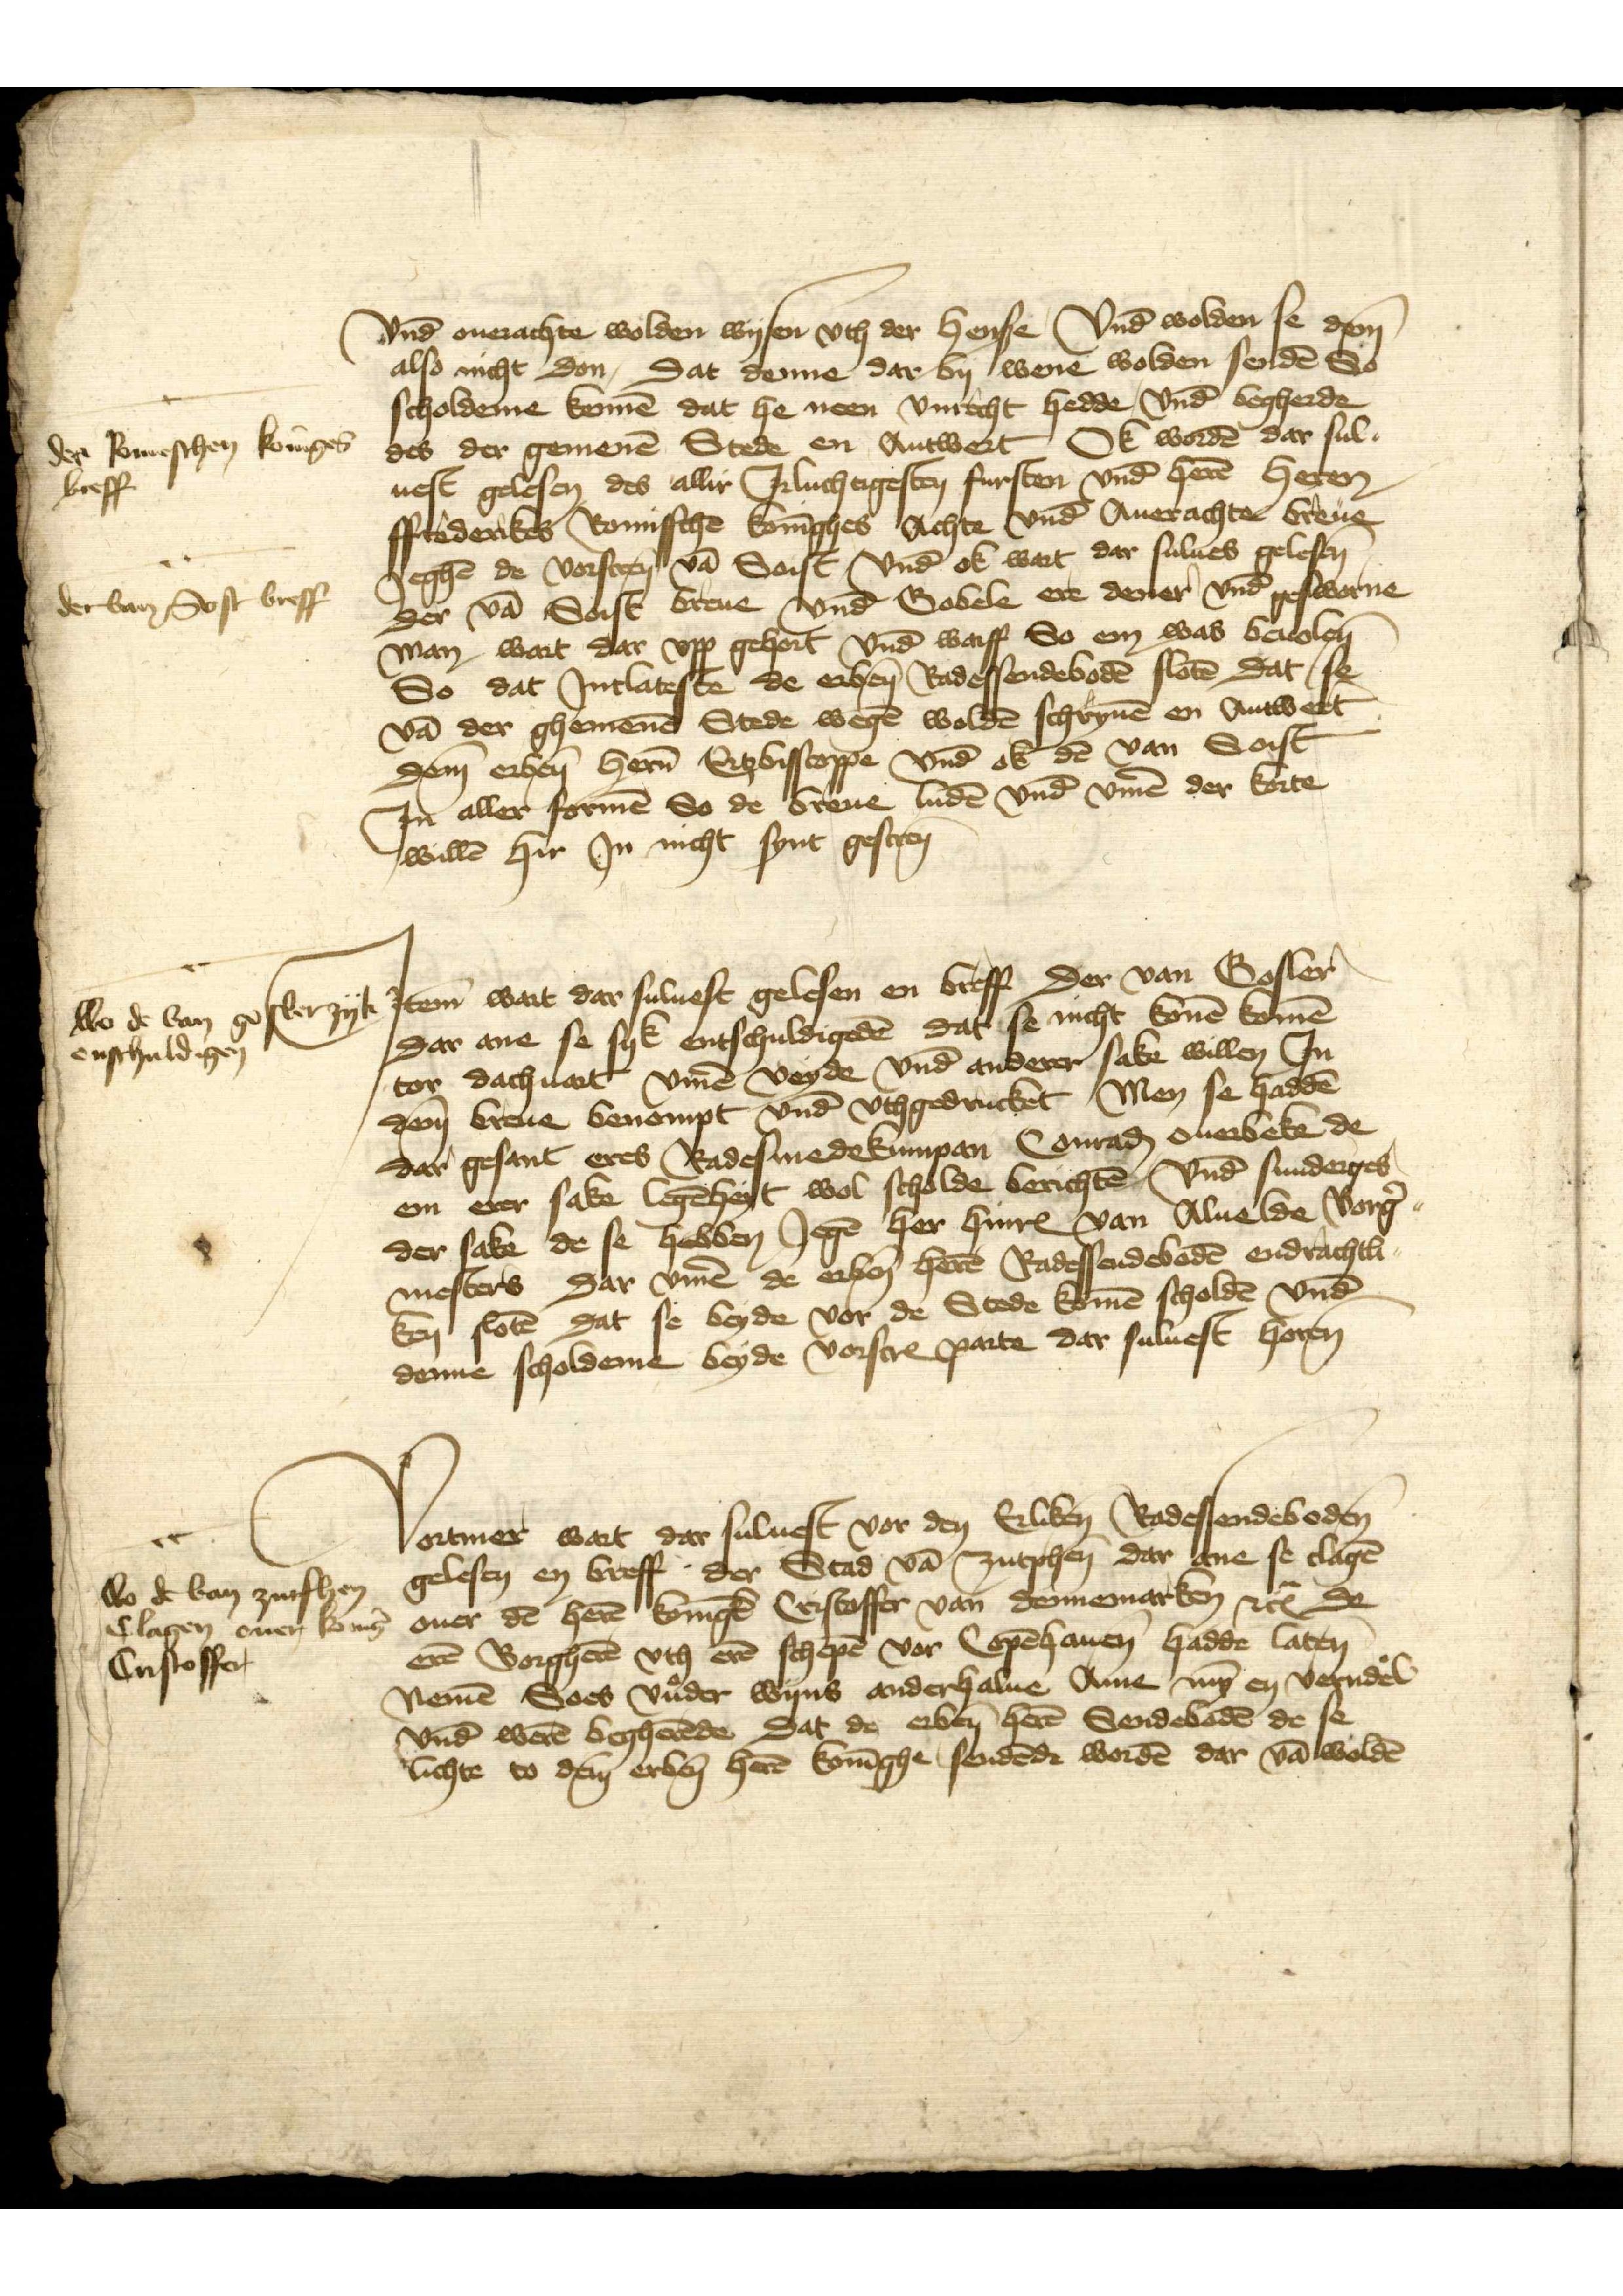
Vnd ouerachte wolden wysen vth der hense Vnd wolden se dem̄
also nicht don, dat deme dar by wene wolden sendē So
scholdeme komē dat he neen vnrecht hedde, vnd begherde
des der gemenē Stede en Antwert Ok wordē dar sul¬
uest gelesen des allir Jrluchtigesten fursten vnd herē heren
Ffrederikes Romissche Konīghes Achte vnd Auerachte breue
jeghē de vorscrēn, vā Soist vnd ok wart dar sulues gelesen
der vā Soist breue vnd Gobele ere dener vnd gesworne
man wart dar vpp gehort vnd warff So en was beuolen
So dat Jntlateste de erben̄ Radessendebodē slotē dat, se
vā der ghemenē Stede wegē woldē schryuē en Antwert
dem erben̄ hern̄ Erzbisscoppe vnd ok dē van Soist
In aller formē So de breue ludē vnd v̄me der korte
willē hir Jn nicht synt gescrēn

des Romeschen Konīges
breff
der van Sost breff

Jtem wart dar suluest gelesen en breff der van Gosler
dar ane se syk entschuldigedē dat se nicht konē komē
tor dachuart v̄me veyde vnd anderer sake willen Jn
dem̄ breue benompt vnd vthgedrucket Men se haddē
dar gesant eres Radesmedekumpen Conraḑ Ouerbeke de
em erer sake legēheyt wol scholde berichtē, vnd sunderges
der sake de se hebben Jegē her HinrꝬ van Aluelde Borg̉¬
mesters dat v̄me de erben̄ herē Radessendebadē endrachtli¬
ken slotē dat se beyde vor de Stede komē scholdē vnde
deme scholdeme beyde vorscrꝬ parte dar suluest horen

wo de van Gosler zyk
enschuldigen

Vortmer wart dar suluest vor den Erliken Radessendeboden
gelesen en breff der Stad vā zutschen dar ene se clagē 
ouer den herē Konīge Cristoffer van Dennemarken etꝬ
erē Borgherē vth erē schepē vor Copēhauen hadde laten
Nemē Soes vuder wyns anderhalue Anne mȳ en verndel
vnd werē begherēde dat de erben̄ herē Sendebodē, de se
lichte to dem̄ erben̄ herē Konīge sendēde wordē dar vā woldē

wo de van Zutphen
Clagen ouer konīg
Cristoffer